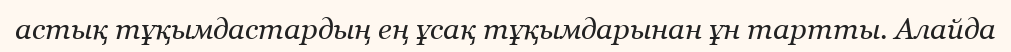
астық тұқымдастардың ең ұсақ тұқымдарынан ұн тартты. Алайда